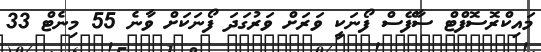
މައިކްރޮސޮފްޓް ސާފޭސް ފޯނަކީ ވަރަށް ވަރުގަދަ ފޯނަކަށް ވާނެ 55 މިނެޓް 33